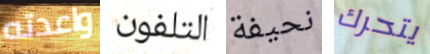
واعدته التلفون نحيفة يتحرك